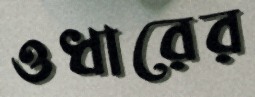
ওধারের